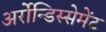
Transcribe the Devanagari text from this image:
अर्रोन्डिस्सेमेंट